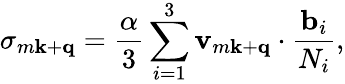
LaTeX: \sigma_{m\mathbf k+\mathbf q}=\frac{\alpha}{3}\sum_{i=1}^{3}{\mathbf v}_{m\mathbf k+\mathbf q}\cdot\frac{{\mathbf b}_{i}}{N_{i}},